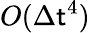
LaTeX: O(\Delta\mathsf{t}^{4})